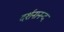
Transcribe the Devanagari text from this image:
दर्शनानन्‍द